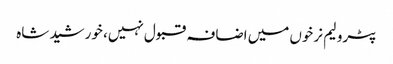
پٹرولیم نرخوں میں اضافہ قبول نہیں، خورشید شاہ